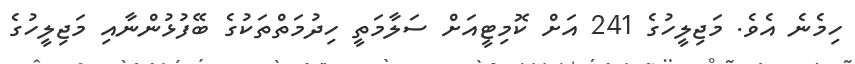
ހިމެނެ އެވެ. މަޖިލީހުގެ 241 އަށް ކޮމިޓީއަށް ސަލާމަތީ ހިދުމަތްތަކުގެ ބޭފުޅުންނާއި މަޖިލީހުގެ